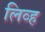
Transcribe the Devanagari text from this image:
लिव्ह